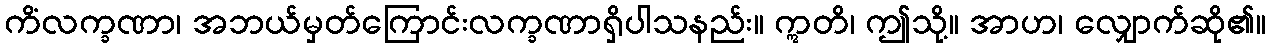
ကိံလက္ခဏာ၊ အဘယ်မှတ်ကြောင်းလက္ခဏာရှိပါသနည်း။ ဣတိ၊ ဤသို့။ အာဟ၊ လျှောက်ဆို၏။